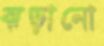
ঝড়ানো